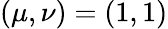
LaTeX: (\mu,\nu)=(1,1)